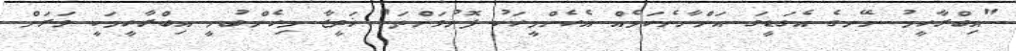
"އިބްރާހީމު ނޭނގެ އެގަޑީގަ އަންނާނެކަމެއް އެހެންމީހަކު ފޮނުވަންތަ" ޚަދީޖާ މިހެންބުނީ އިބްރާހީމަކީ ވަރަށް